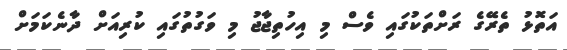
އަތޮޅު ތެރޭގެ ރަށްތަކުގައި ވެސް މި އިހުތިޖާޖު މި ވަގުތުގައި ކުރިއަށް ދާނެކަމަށް